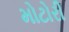
મોટોરી